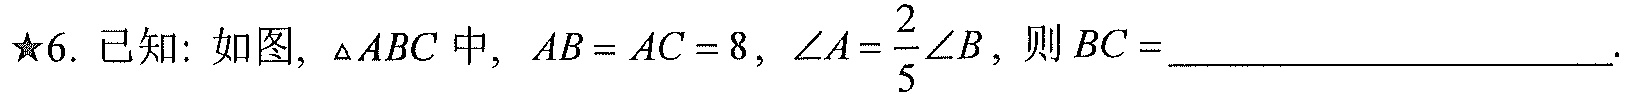
★6. 已知: 如图, \(\triangle ABC\) 中, \(AB = AC = 8\), \(\angle A=\frac{2}{5}\angle B\), 则 \(BC =\)____________________.